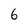
Character: 6